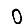
Digit: 0